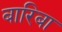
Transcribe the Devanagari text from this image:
बारिबा